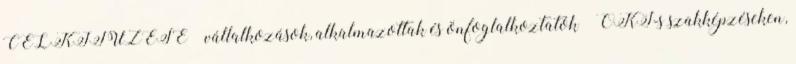
CÉLKITŰZÉSE  vállalkozások, alkalmazottak és önfoglalkoztatók  OKJ-s szakképzéseken,